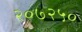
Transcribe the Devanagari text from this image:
२०७२५०